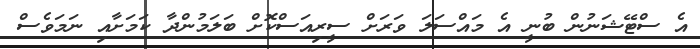
އެ ސްޓޭޝަނުން ބުނީ އެ މައްސަލަ ވަރަށް ސީރިއަސްކޮށް ބަލަމުންދާ ކަމަށާއި ނަމަވެސް